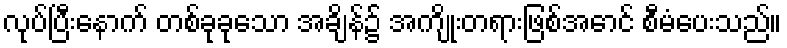
လုပ်ပြီးနောက် တစ်ခုခုသော အချိန်၌ အကျိုးတရားဖြစ်အောင် စီမံပေးသည်။